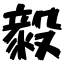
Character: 毅